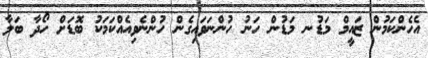
އެހެންކަމުން ޒައީމް މަޑުނ މަޑުން ހަނު ހުންނަވައިގެން ހުންނެވިއެއްކަމަކު ބޮޑަށް ހޯދާ ބަލާ